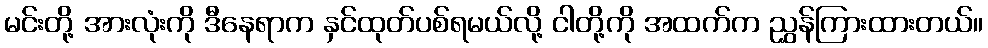
မင်းတို့ အားလုံးကို ဒီနေရာက နှင်ထုတ်ပစ်ရမယ်လို့ ငါတို့ကို အထက်က ညွှန်ကြားထားတယ်။